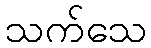
သက်သေ